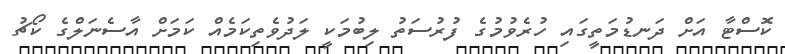
ކޮސްޓާ އަށް ދަނޑުމަތީގައި ހުރެވުމުގެ ފުރުސަތު ލިބުމަކީ ލަދުވެތިކަމެއް ކަމަށް އާސެނަލްގެ ކޯޗު